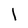
Character: l